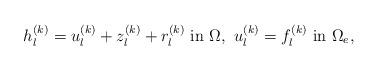
LaTeX: \begin{align*}h_{l}^{(k)} = u_{l}^{(k)} + z_{l}^{(k)} + r_{l}^{(k)} \mbox{ in } \Omega, \ u_l^{(k)} = f_l^{(k)} \mbox{ in } \Omega_e,\end{align*}